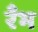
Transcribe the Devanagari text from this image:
रँभ